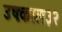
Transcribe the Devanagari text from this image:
उषःकाल३२